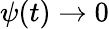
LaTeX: \psi(t)\rightarrow 0